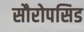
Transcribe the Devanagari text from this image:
सौरोपसिड